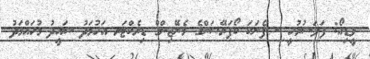
ވީޑިއޯ: ފަލަސުރުހީ - ފެނަކަ ކޯޕަރޭޝަންގެ މެނޭޖިންގް ޑިރެކްޓަރ އަހުމަދު ސައީދު މުހައްމަދު